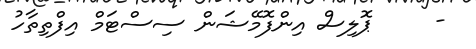
-     ޕޮލިސް އިންފޮމޭޝަން ސިސްޓަމް އިފްތިތާހު